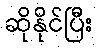
ဆိုနိုင်ပြီး